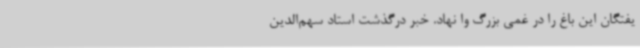
یفتگان این باغ را در غمی بزرگ وا نهاد. خبر درگذشت استاد سهم‌الدین